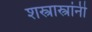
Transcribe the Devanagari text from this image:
शस्त्रास्त्रांनी